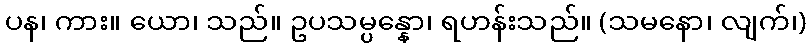
ပန၊ ကား။ ယော၊ သည်။ ဥပသမ္ပန္နော၊ ရဟန်းသည်။ (သမနော၊ လျက်၊)